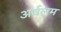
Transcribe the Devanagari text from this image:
अर्वलम